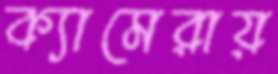
ক্যামেরায়